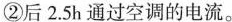
①前0.5h空调消耗的电能。